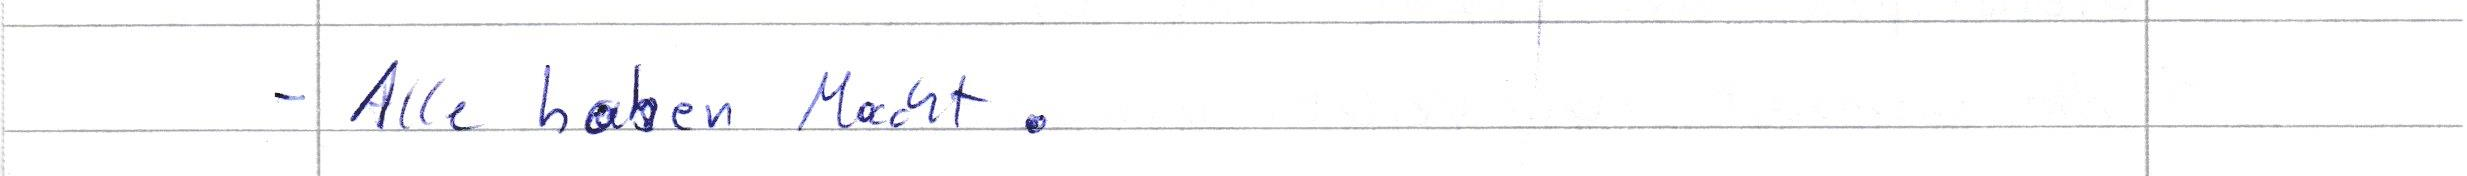
- Alle haben Macht.